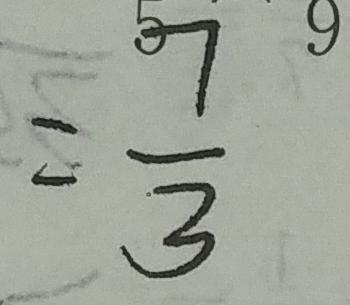
= \frac { 7 } { 3 }